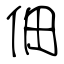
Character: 佃